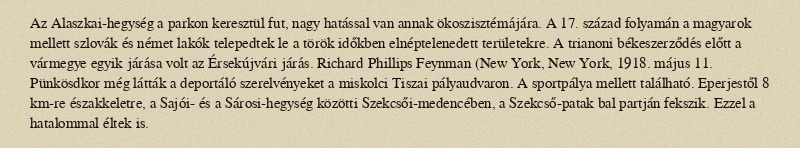
Az Alaszkai-hegység a parkon keresztül fut, nagy hatással van annak ökoszisztémájára. A 17. század folyamán a magyarok mellett szlovák és német lakók telepedtek le a török időkben elnéptelenedett területekre. A trianoni békeszerződés előtt a vármegye egyik járása volt az Érsekújvári járás. Richard Phillips Feynman (New York, New York, 1918. május 11. Pünkösdkor még látták a deportáló szerelvényeket a miskolci Tiszai pályaudvaron. A sportpálya mellett található. Eperjestől 8 km-re északkeletre, a Sajói- és a Sárosi-hegység közötti Szekcsői-medencében, a Szekcső-patak bal partján fekszik. Ezzel a hatalommal éltek is.